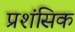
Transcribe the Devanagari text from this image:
प्रशंसिक